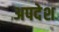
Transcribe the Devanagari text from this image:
अपदेश